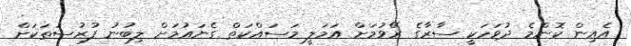
އެއިން ކޮންމެ ދުވަހަކީ ސާރާގެ ރޭވުމަށް އަމަލީ މަސައްކަތް ގެނައުމަށް ލިބުނު ފުރުސަތަކަށް